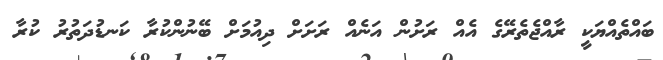
ބައްތެއްޔަކީ ރާއްޖެތެރޭގެ އެއް ރަށުން އަނެއް ރަށަށް ދިއުމަށް ބޭނުންކުރާ ކަނޑުދަތުރު ކުރާ